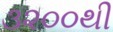
૩૨૦૦થી